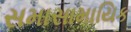
સમાસામાયિક